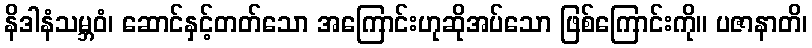
နိဒါနံသမ္ဘဝံ၊ ဆောင်နှင့်တတ်သော အကြောင်းဟုဆိုအပ်သော ဖြစ်ကြောင်းကို။ ပဇာနာတိ၊